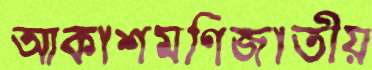
আকাশমণিজাতীয়